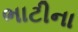
ભાટીના